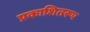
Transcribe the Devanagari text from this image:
प्रकाशितरूप